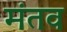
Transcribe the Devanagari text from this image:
मंतव